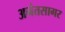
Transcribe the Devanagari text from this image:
अनंतसागर